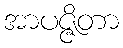
အာပဇ္ဇိတာ